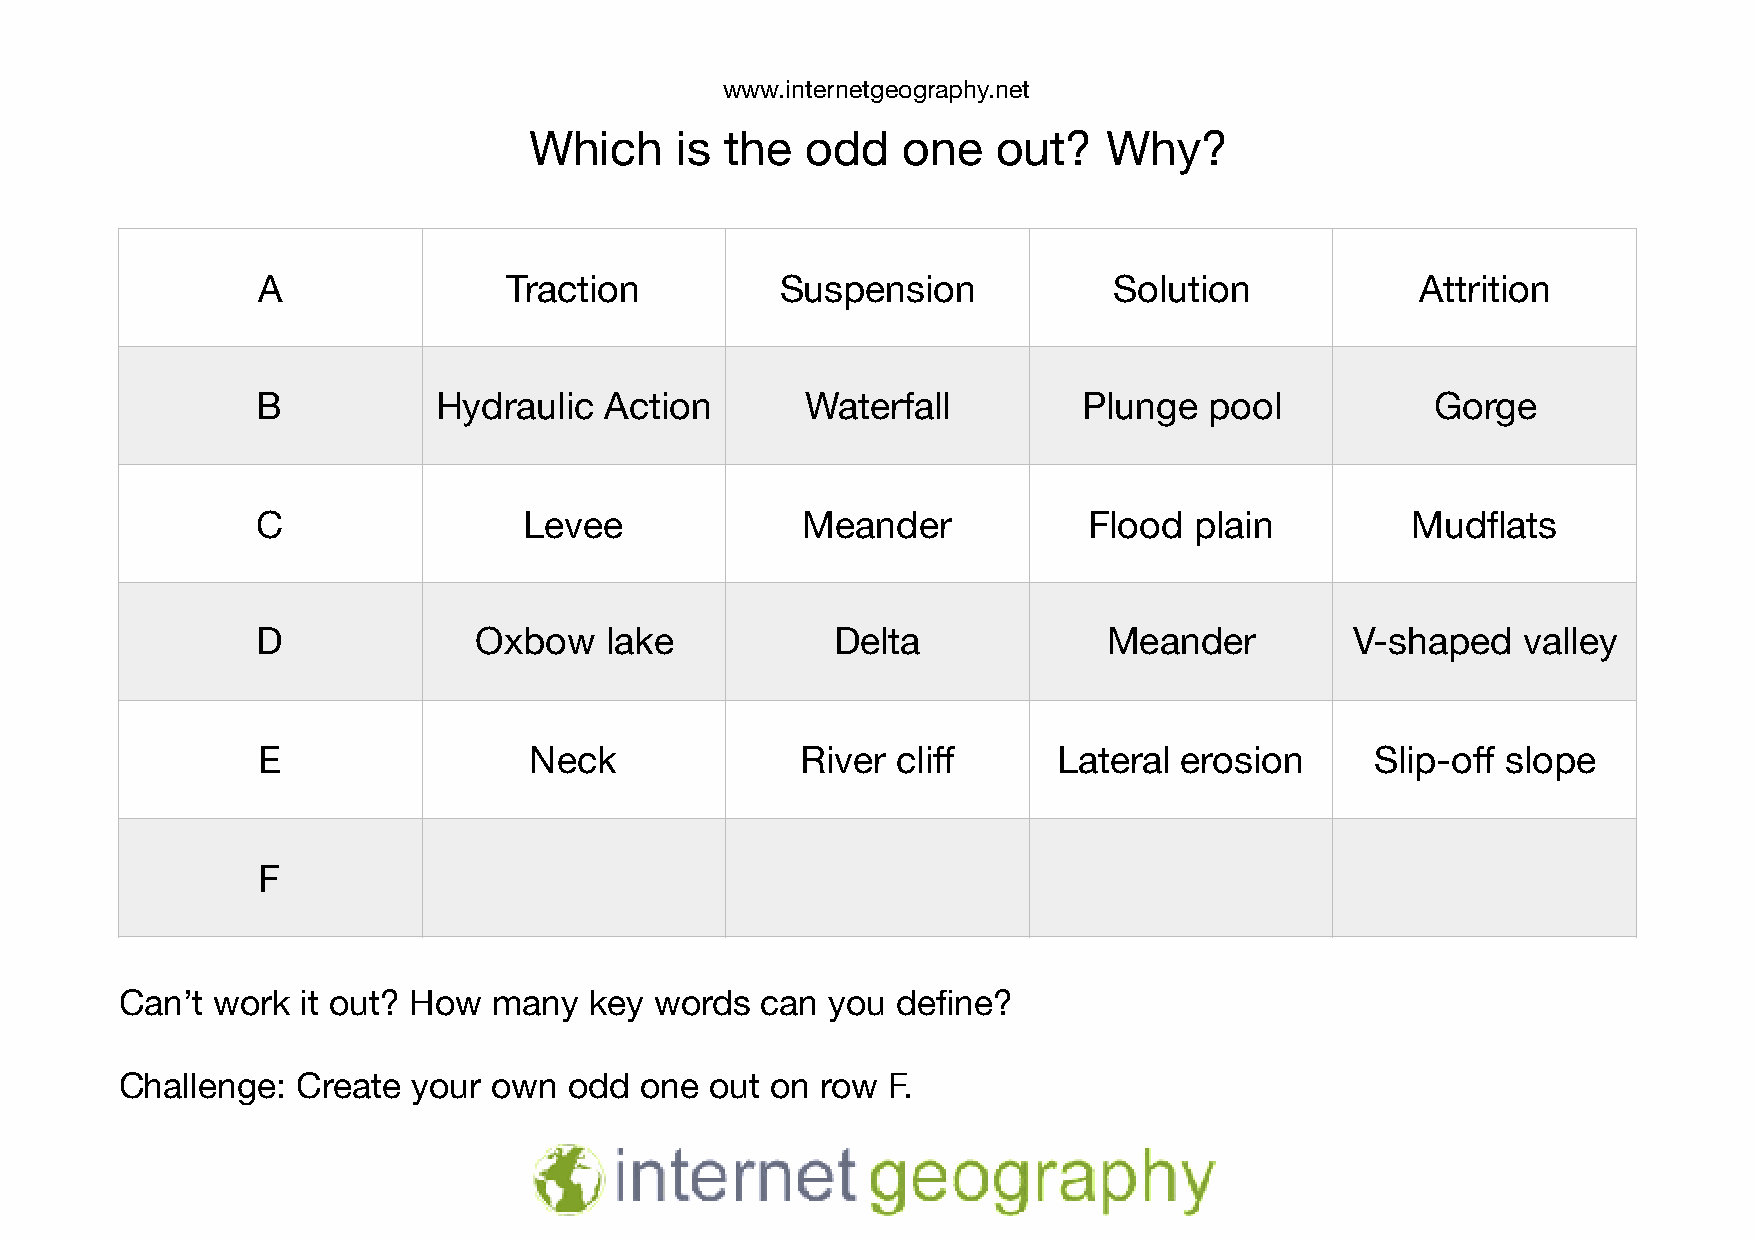
www.internetgeography.net
 Which     is the  odd    one   out?   Why?
 A                Traction          Suspension            Solution            Attrition
 B           Hydraulic  Action       Waterfall          Plunge  pool           Gorge
 C                 Levee             Meander            Flood  plain         Mudflats
 D             Oxbow    lake           Delta             Meander          V-shaped   valley
 E                 Neck              River cliff      Lateral erosion      Slip-off slope
 F
 Can’t work  it out? How  many  key words  can  you define?
 Challenge:  Create your own   odd one  out on row  F.